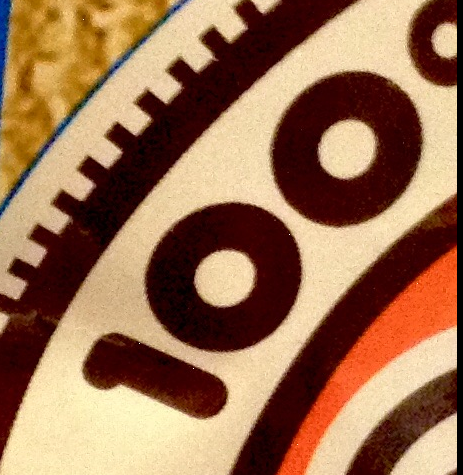
100